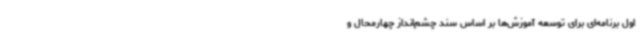
اول برنامه‌ای برای توسعه آموزش‌ها بر اساس سند چشم‌انداز چهارمحال و